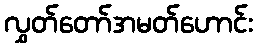
လွှတ်တော်အမတ်ဟောင်း